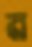
ন